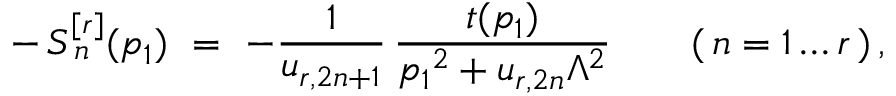
- \, S _ { \, n } ^ { [ r ] } ( p _ { 1 } ) \ = \ - \frac { 1 } { u _ { r , 2 n + 1 } } \, \frac { t ( p _ { 1 } ) } { p _ { 1 } { } ^ { 2 } + u _ { r , 2 n } \Lambda ^ { 2 } } \qquad ( \, n = 1 \ldots r \, ) \, ,